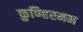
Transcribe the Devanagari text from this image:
कुण्हिरमन